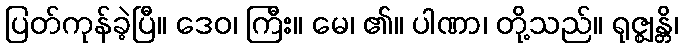
ပြတ်ကုန်ခဲ့ပြီ။ ဒေဝ၊ ကြီး။ မေ၊ ၏။ ပါဏာ၊ တို့သည်။ ရုဇ္ဈန္တိ၊